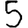
Digit: 5